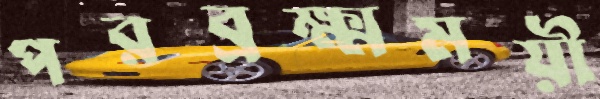
পরব্রক্ষ্মময়ী